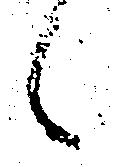
候